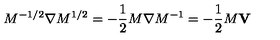
M ^ { - 1 / 2 } { \bf \nabla } M ^ { 1 / 2 } = - { \frac { 1 } { 2 } } M { \bf \nabla } M ^ { - 1 } = - { \frac { 1 } { 2 } } M { \bf V }